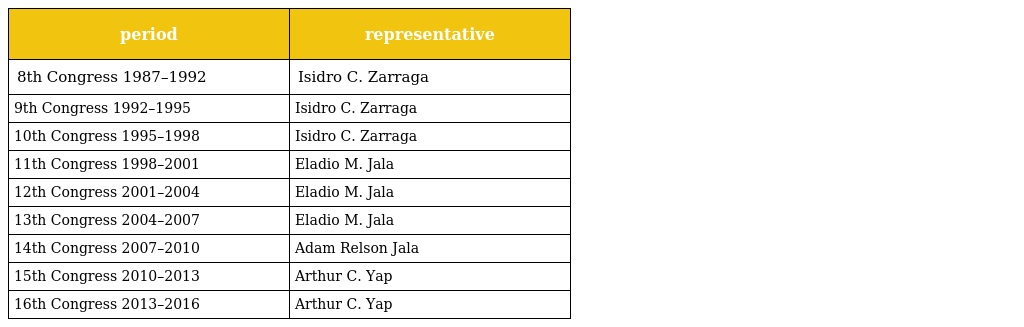
| period | representative |
 | --- | --- |
 | 8th Congress 1987–1992 | Isidro C. Zarraga |
 | 9th Congress 1992–1995 | Isidro C. Zarraga |
 | 10th Congress 1995–1998 | Isidro C. Zarraga |
 | 11th Congress 1998–2001 | Eladio M. Jala |
 | 12th Congress 2001–2004 | Eladio M. Jala |
 | 13th Congress 2004–2007 | Eladio M. Jala |
 | 14th Congress 2007–2010 | Adam Relson Jala |
 | 15th Congress 2010–2013 | Arthur C. Yap |
 | 16th Congress 2013–2016 | Arthur C. Yap |